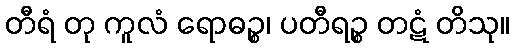
တီရံ တု ကူလံ ရောဓဉ္စ၊ ပတီရဉ္စ တဋံ တိသု။